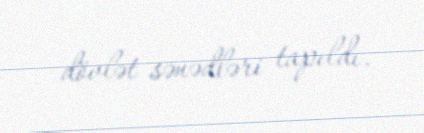
dövlət sənədləri tapıldı.